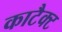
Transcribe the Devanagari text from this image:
काटैक्ट